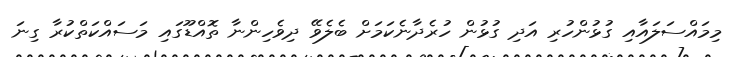
މިމައްސަލައާއި ގުޅުންހުރި އަދި ގުޅުން ހުރެދާނެކަމަށް ބެލެވޭ ދިވެހިންނާ ތޮއްޑޫގައި މަސައްކަތްކުރާ ގިނަ